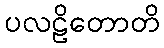
ပလဠိတောတိ